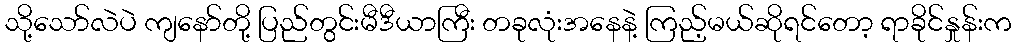
သို့သော်လဲပဲ ကျနော်တို့ ပြည်တွင်းမီဒီယာကြီး တခုလုံးအနေနဲ့ ကြည့်မယ်ဆိုရင်တော့ ရာခိုင်နှုန်းက